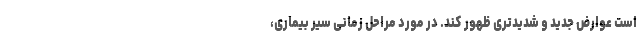
است عوارض جدید و شدیدتری ظهور کند. در مورد مراحل زمانی سیر بیماری،